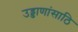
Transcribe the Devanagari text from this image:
उड्डाणांसाठि